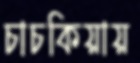
চাচকিয়ায়